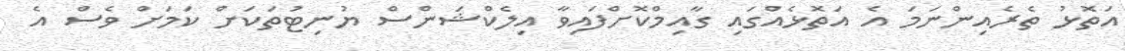
އަތޮޅު ތެރެއިންނަމަ އެ އަތޮޅެއްގައި ގާއިމްކޮށްފައިވާ އިލެކްޝަންސް ޔުނިޓުތަކަށް ކަމަށް ވެސް އެ